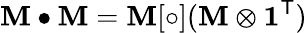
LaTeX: \mathbf{M}\bullet\mathbf{M}=\mathbf{M}[\circ](\mathbf{M}\otimes\mathbf{1}^{\textsf{T}})